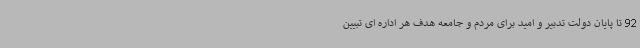
92 تا پایان دولت تدبیر و امید برای مردم و جامعه هدف هر اداره ای تبیین